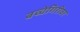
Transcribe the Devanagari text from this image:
बच्चेगिरीवर